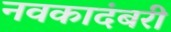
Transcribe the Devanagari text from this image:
नवकादंबरी